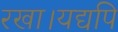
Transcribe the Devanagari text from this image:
रखा।यद्यपि